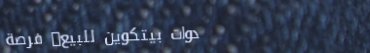
أدوات بيتكوين للبيع: فرصة